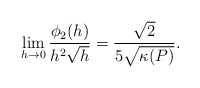
\begin{align*} \begin{aligned} \lim_{h\rightarrow0}\frac{\phi_2(h)}{h^2\sqrt{h}}=\frac{\sqrt{2}}{5\sqrt{\kappa(P)}}. \end{aligned} \end{align*}